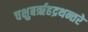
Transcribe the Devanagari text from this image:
चक्षुबरृहद्रथन्तरे